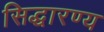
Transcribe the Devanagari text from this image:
सिद्धारण्य